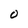
Character: 0